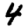
Digit: 4